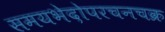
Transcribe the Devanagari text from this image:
समयभेदोपरचनचक्र